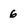
Character: 6